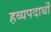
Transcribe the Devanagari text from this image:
हव्यपदार्थों